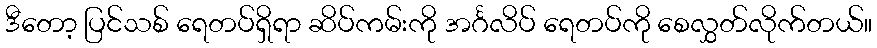
ဒီတော့ ပြင်သစ် ရေတပ်ရှိရာ ဆိပ်ကမ်းကို အင်္ဂလိပ် ရေတပ်ကို စေလွှတ်လိုက်တယ်။